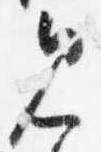
見